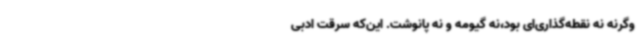
وگرنه نه نقطه‌گذاری‌ای بود،نه گیومه و نه پانوشت. این‌که سرقت ادبی